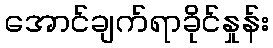
အောင်ချက်ရာခိုင်နှုန်း